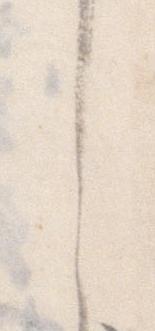
し